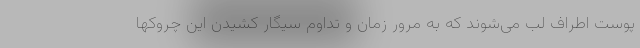
پوست اطراف لب می‌شوند که به مرور زمان و تداوم سیگار کشیدن این چروکها